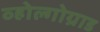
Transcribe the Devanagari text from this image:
व्होल्गोग्राड